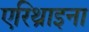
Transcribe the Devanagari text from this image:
एरिथ्राइना